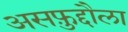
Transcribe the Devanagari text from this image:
असफ़ुद्दौला